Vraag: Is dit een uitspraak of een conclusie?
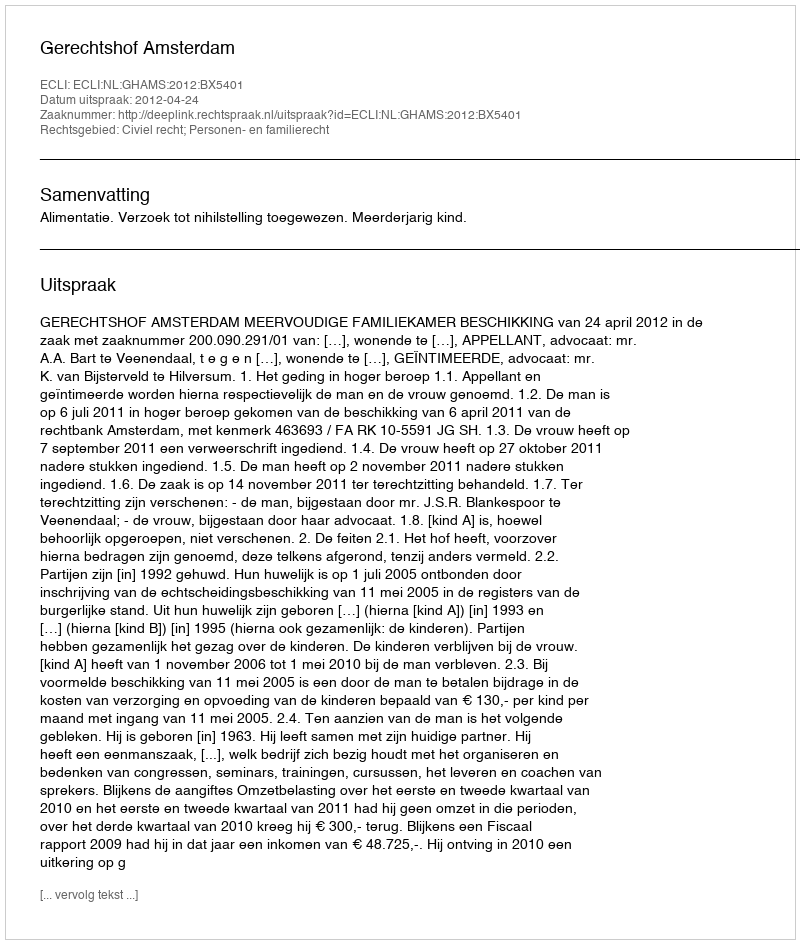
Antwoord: Uitspraak